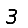
Digit: 3